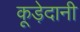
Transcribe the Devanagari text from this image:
कूड़ेदानी